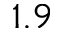
1 . 9